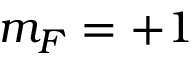
m _ { F } = + 1